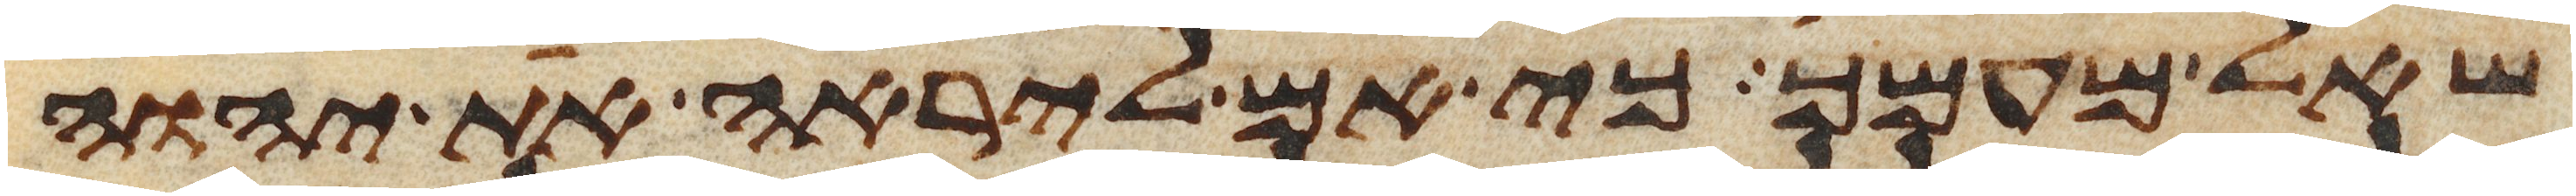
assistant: שאל מעמך כי אם ליראה את יהוה